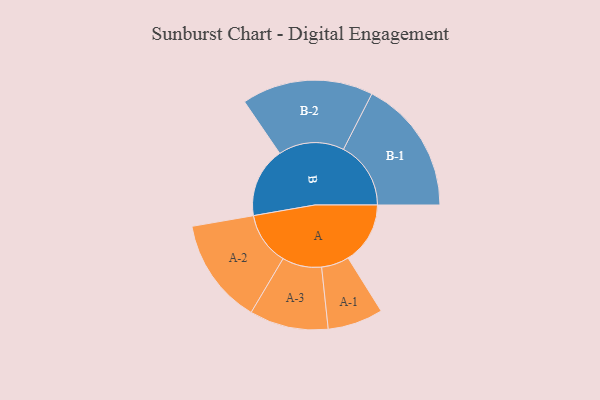
{"axis": {"x": "Segment", "y": "Value"}, "legend": ["", "A", "B"], "data": [{"x": "A", "y": 271, "type": ""}, {"x": "B", "y": 306, "type": ""}, {"x": "A-1", "y": 121, "type": "A"}, {"x": "A-2", "y": 231, "type": "A"}, {"x": "A-3", "y": 172, "type": "A"}, {"x": "B-1", "y": 294, "type": "B"}, {"x": "B-2", "y": 287, "type": "B"}]}